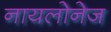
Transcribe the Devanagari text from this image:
नायलोनेज